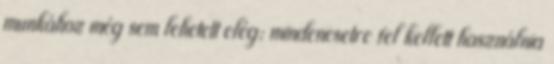
munkához még sem lehetett elég; mindenesetre fel kellett használnia